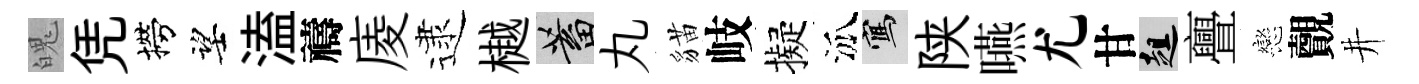
魄凭撈望溘禱庱逮樾蓄丸貓岐擬泒寫陕嚥尤甘趄亹戀覿井